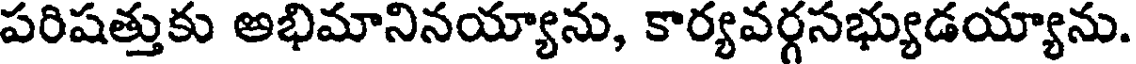
పరిషత్తుకు అభిమానినయ్యాను, కార్యవర్గసభ్యుడయ్యాను.